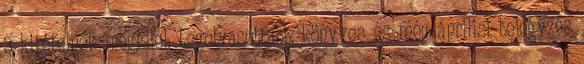
3 kitételnek megfelel. Legolvasottabb, könyves és még áprilisi bejegyzés